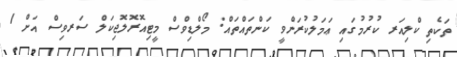
ތަކެތި ކްލިއަރ ކުރުމުގައި ޢަމަލުކުރަންވީ ކަންތައްތައް: މޯލްޑިވްސް މީޓިއޮރޮލޮޖިކަލް ސަރވިސް އަށް 1